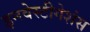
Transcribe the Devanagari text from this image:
इनवेस्टीगेशंस